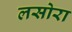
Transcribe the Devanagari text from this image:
लसोरा